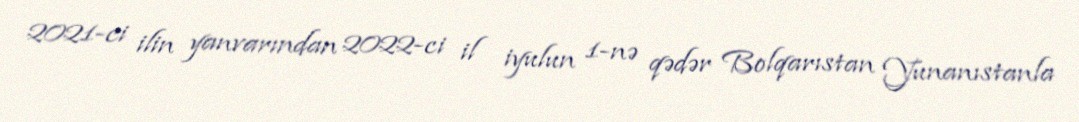
2021-ci ilin yanvarından 2022-ci il iyulun 1-nə qədər Bolqarıstan Yunanıstanla